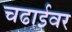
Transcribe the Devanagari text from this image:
चढाईवर